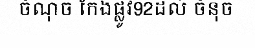
ចំណុច កែងផ្លូវ92ដល់ ចំនុច